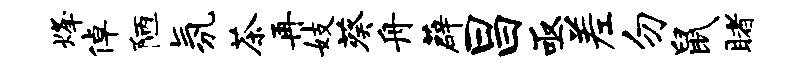
烽倬陋氛茶再妓葵舟薜昌亟差勿鼠睹